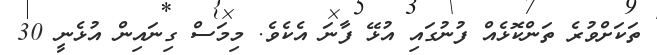
ތަކަށްވުރެ ތަންކޮޅެއް ފުނުގައި އުޅޭ ފާނަ އެކެވެ. މިމަސް ގިނައިން އުޅެނީ 30